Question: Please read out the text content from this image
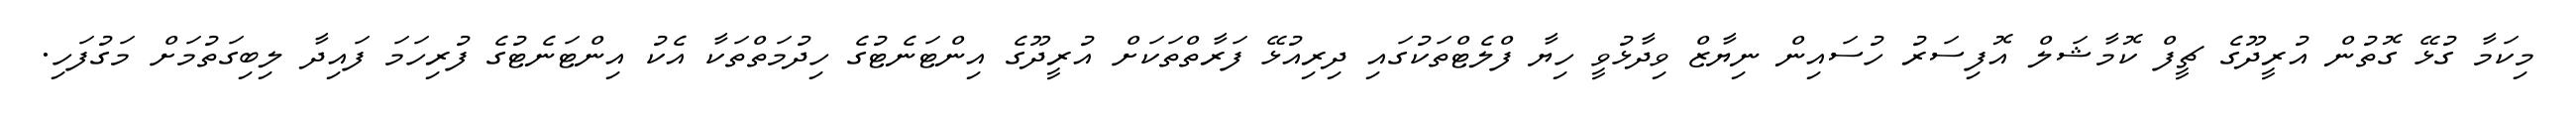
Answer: މިކަމާ ގުޅޭ ގޮތުން އުރީދޫގެ ޗީފް ކޮމާޝަލް އޮފިސަރު ހުސައިން ނިޔާޒް ވިދާޅުވީ ހިޔާ ފްލެޓްތަކުގައި ދިރިއުޅޭ ފަރާތްތަކަށް އުރީދޫގެ އިންޓަނެޓުގެ ހިދުމަތްތަކާ އެކު އިންޓަނެޓުގެ ފުރިހަމަ ފައިދާ ލިބިގަތުމަށް މަގުފަހި.